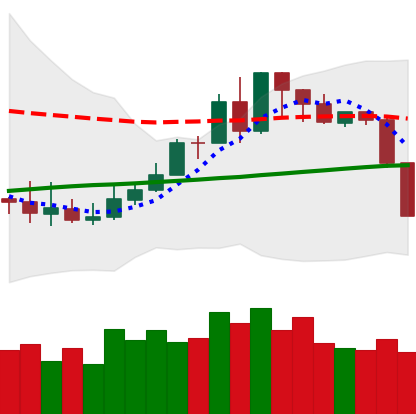
Ticker: XMR-USD
Chart end date: 2019-08-14
Forward return: 14.868%
Label: up_7plus